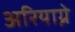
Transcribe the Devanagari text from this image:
अरियाग्ने